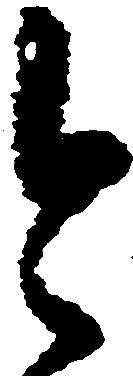
今